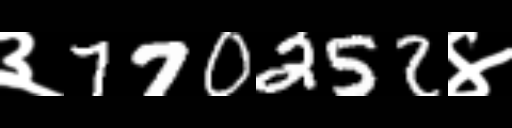
Text: ३770252४